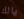
يالك